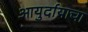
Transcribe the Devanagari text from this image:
आयुर्दायाचा